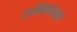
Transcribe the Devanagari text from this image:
राशिमंडळात